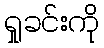
ရှုခင်းကို